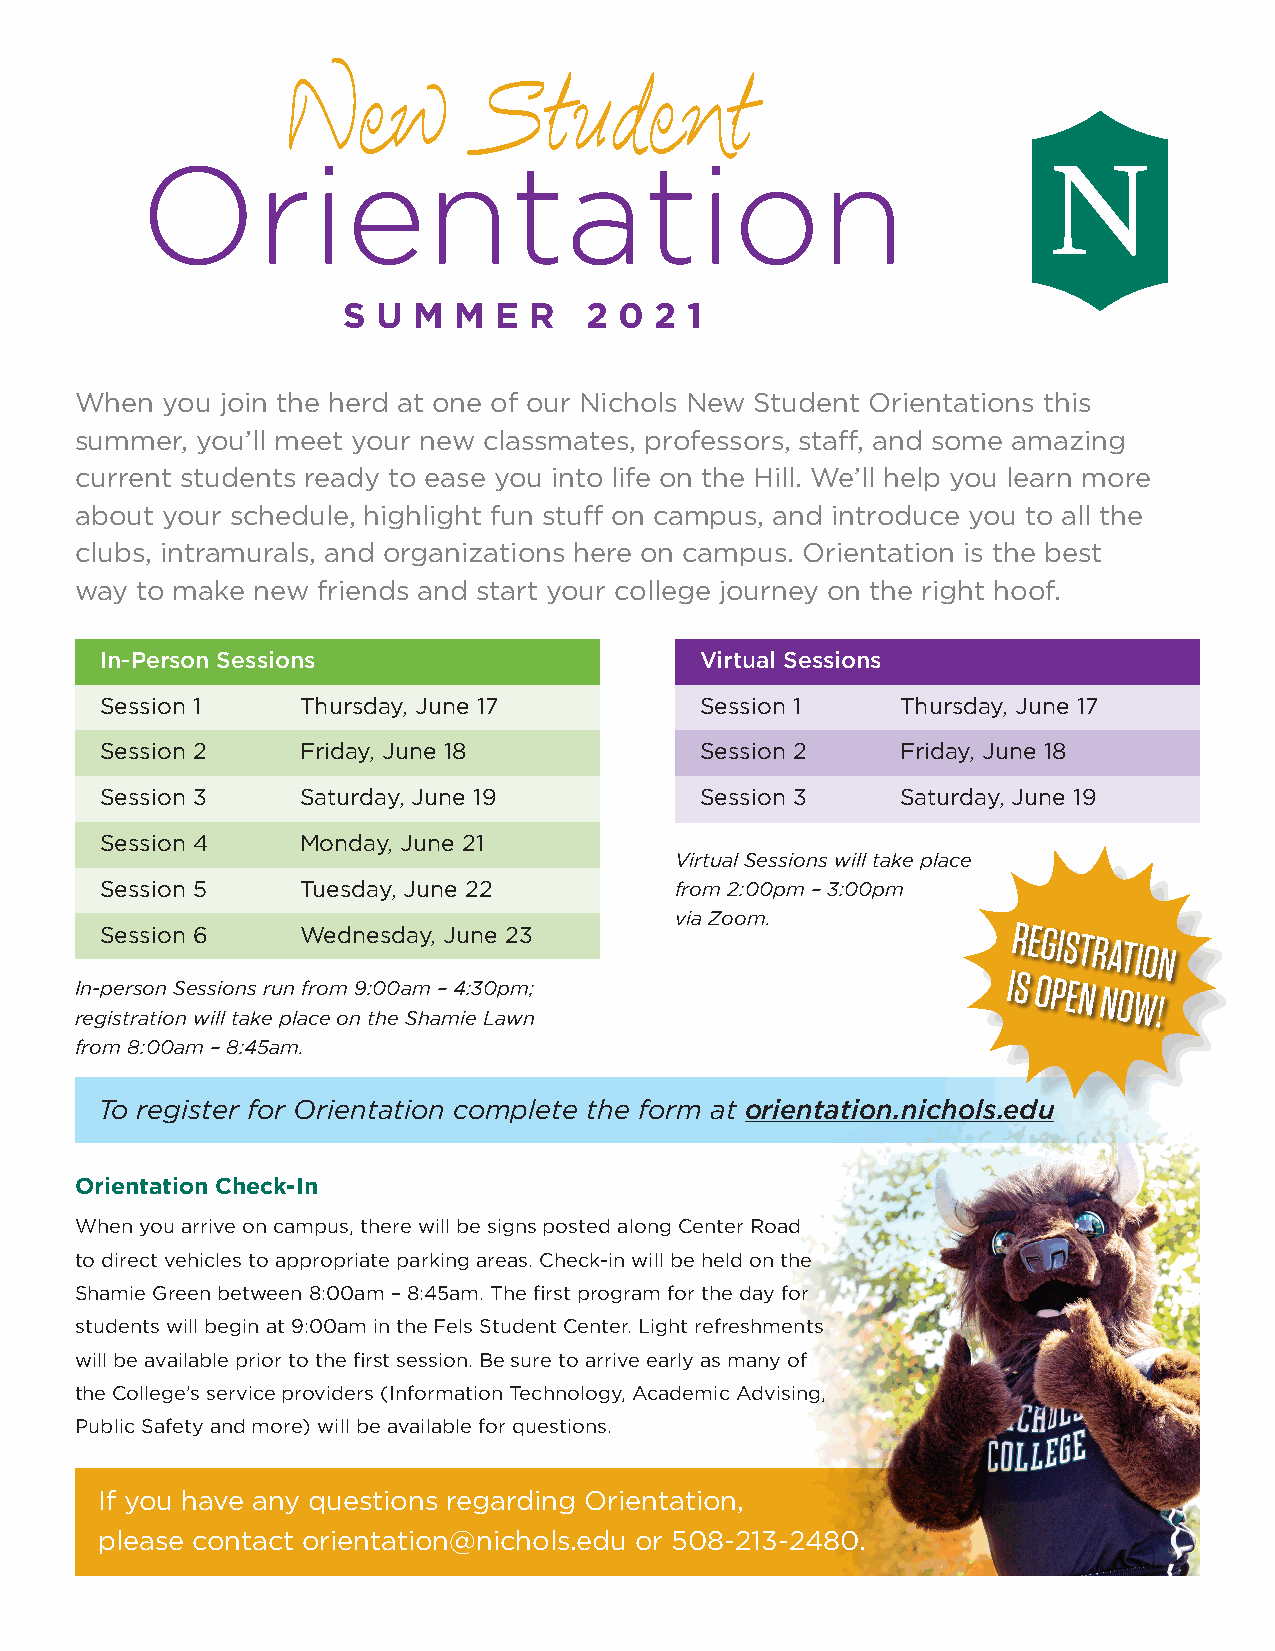
New          Student
 Orientation
 S U M  M  E R   2 0 2 1
 When  you join the herd at one of our Nichols New Student Orientations this
 summer, you’ll meet your new classmates, professors, staff, and some amazing
 current students ready to ease you into life on the Hill. We’ll help you learn more
 about your schedule, highlight fun stuff on campus, and introduce you to all the
 clubs, intramurals, and organizations here on campus. Orientation is the best
 way to make new friends and start your college journey on the right hoof.
 In-Person Sessions                     Virtual Sessions
 Session 1    Thursday, June 17         Session 1     Thursday, June 17
 Session 2    Friday, June 18           Session 2     Friday, June 18
 Session 3    Saturday, June 19         Session 3     Saturday, June 19
 Session 4    Monday, June 21
 Virtual Sessions will take place
 Session 5    Tuesday, June 22         from 2:00pm – 3:00pm
 via Zoom.
 Session 6    Wednesday, June 23                             REGISTRATION
 In-person Sessions run from 9:00am – 4:30pm;
 IS
 OPEN
 NOW!
 registration will take place on the Shamie Lawn
 from 8:00am – 8:45am.
 To register for Orientation complete the form at orientation.nichols.edu
 Orientation Check-In
 When you arrive on campus, there will be signs posted along Center Road
 to direct vehicles to appropriate parking areas. Check-in will be held on the
 Shamie Green between 8:00am – 8:45am. The first program for the day for
 students will begin at 9:00am in the Fels Student Center. Light refreshments
 will be available prior to the first session. Be sure to arrive early as many of
 the College’s service providers (Information Technology, Academic Advising,
 Public Safety and more) will be available for questions.
 If you have any questions regarding Orientation,
 please contact orientation@nichols.edu or 508-213-2480.